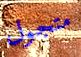
متجول